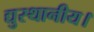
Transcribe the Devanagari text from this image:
द्युस्थानीय।